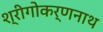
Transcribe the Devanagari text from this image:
श्रीगोकर्णनाथ